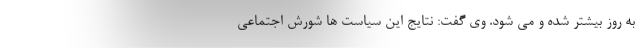
به روز بیشتر شده و می شود. وی گفت: نتایج این سیاست ها شورش اجتماعی